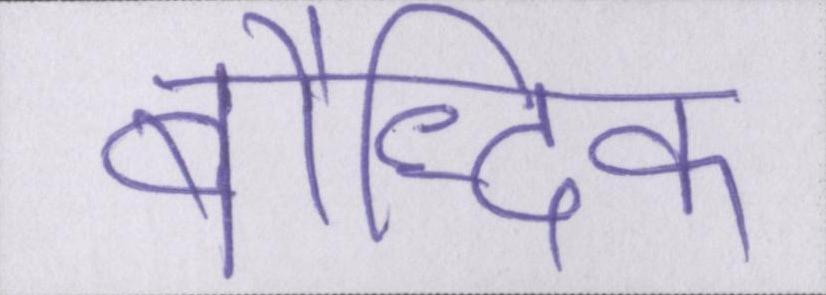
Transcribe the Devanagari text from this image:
बौद्धिक